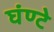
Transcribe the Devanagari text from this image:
घंण्टे